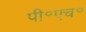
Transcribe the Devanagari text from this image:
पी॰एच॰